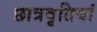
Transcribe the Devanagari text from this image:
छात्रवृतियां